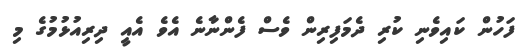
ފަހުން ކައިވެނި ކުރި ދެމަފިރިން ވެސް ފެންނާނެ އެވެ އެއީ ދިރިއުޅުމުގެ މި